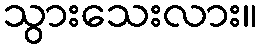
သွားသေးလား။